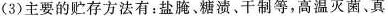
(3)主要的贮存方法有：盐腌、糖渍、干制等，高温灭菌、真